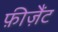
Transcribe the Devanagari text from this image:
फ़ीज़ैंट